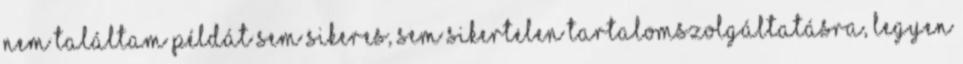
nem találtam példát sem sikeres, sem sikertelen tartalomszolgáltatásra, legyen